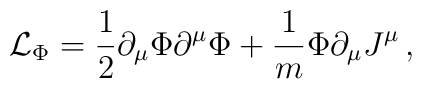
{\cal L}_\Phi =\frac{1}{2}\partial_\mu\Phi\partial^\mu\Phi             +\frac{1}{m} \Phi\partial_\mu J^\mu\, ,